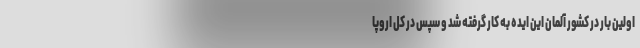
اولین بار در کشور آلمان این ایده به کار گرفته شد و سپس در کل اروپا